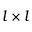
l \times l